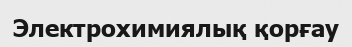
Электрохимиялық қорғау